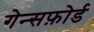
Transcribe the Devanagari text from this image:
गेन्सफ़ोर्ड